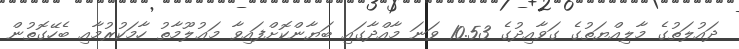
ދައުލަތުގެ މާލިއްޔަތުގެ ގަވާއިދުގެ 10.53 ވަނަ މާއްދާގައި ބަޔާންކޮށްފައިވާ މަޢުލޫމާތު ހާމަކުރުމާއި ބެހޭގޮތުން